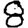
Digit: 8